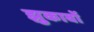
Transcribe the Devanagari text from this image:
झुकावों